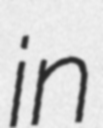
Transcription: in